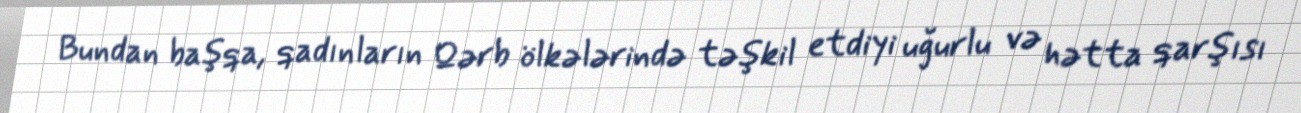
Bundan başqa, qadınların Qərb ölkələrində təşkil etdiyi uğurlu və hətta qarşısı